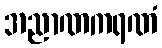
အညာဏကရဏံ